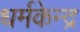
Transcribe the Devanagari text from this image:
धर्मकेन्द्र